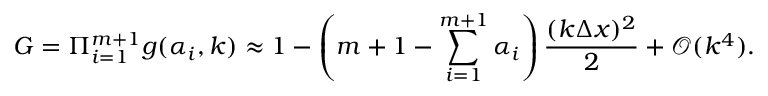
G = \Pi _ { i = 1 } ^ { m + 1 } g ( \alpha _ { i } , k ) \approx 1 - \left( m + 1 - \sum _ { i = 1 } ^ { m + 1 } \alpha _ { i } \right) \frac { ( k \Delta x ) ^ { 2 } } { 2 } + \mathcal { O } ( k ^ { 4 } ) .